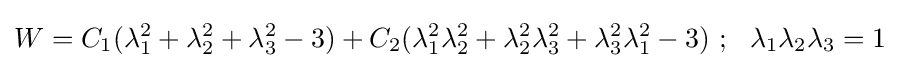
W=C_{1}(\lambda _{1}^{2}+\lambda _{2}^{2}+\lambda _{3}^{2}-3)+C_{2}(\lambda _{1}^{2}\lambda _{2}^{2}+\lambda _{2}^{2}\lambda _{3}^{2}+\lambda _{3}^{2}\lambda _{1}^{2}-3)~;~~\lambda _{1}\lambda _{2}\lambda _{3}=1